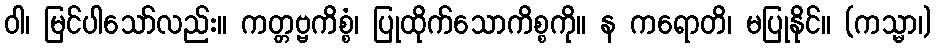
ဝါ၊ မြင်ပါသော်လည်း။ ကတ္တဗ္ဗကိစ္စံ၊ ပြုထိုက်သောကိစ္စကို။ န ကရောတိ၊ မပြုနိုင်။ (ကသ္မာ၊)